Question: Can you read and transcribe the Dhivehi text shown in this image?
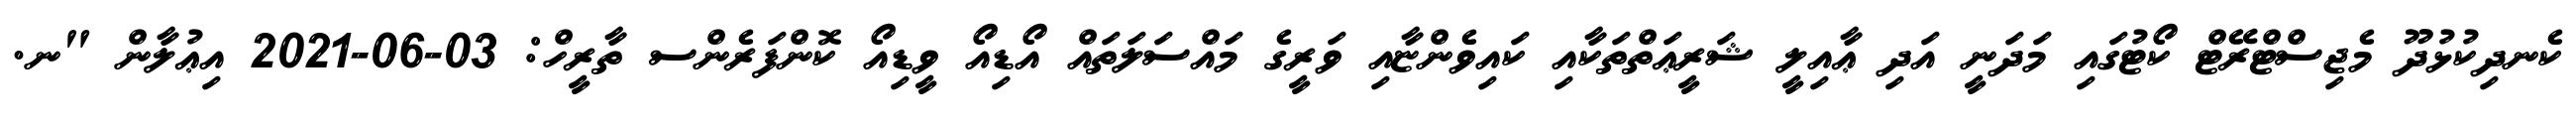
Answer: ކެނދިކުޅުދޫ މެޖިސްޓްރޭޓް ކޯޓުގައި މަދަނީ އަދި ޢާއިލީ ޝަރީޢަތްތަކާއި ކައިވެންޏާއި ވަރީގެ މައްސަލަތައް އޯޑިއޯ ވީޑިއޯ ކޮންފަރެންސ ތާރީހް: 03-06-2021 އިޢުލާން "ނ.